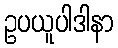
ဥပယူပါဒါနာ